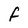
Character: F